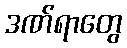
ဒဏ်ရာတွေ